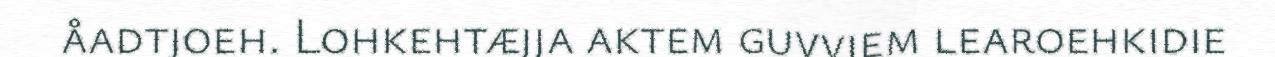
åadtjoeh. Lohkehtæjja aktem guvviem learoehkidie